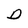
Character: D